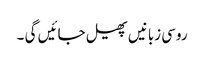
روسی زبانیں پھیل جائیں گی ۔